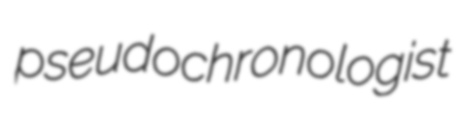
pseudochronologist